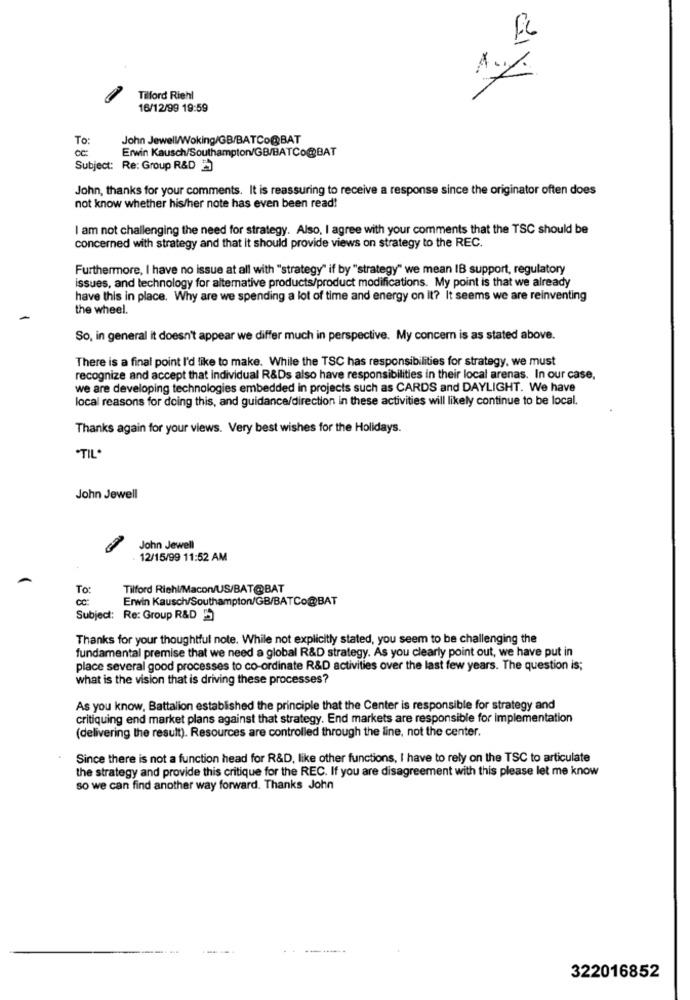
Tilford Riehl
16/12/99 19:59
To:
John Jewell/Woking/GB/BATCo@BAT
Erwin Kausch/Southampton/GB/BATCo@BAT
Subject: Re: Group R&D
John, thanks for your comments. It is reassuring to receive a response since the originator often does
not know whether his/her note has even been read!
I am not challenging the need for strategy. Also, I agree with your comments that the TSC should be
concerned with strategy and that it should provide views on strategy to the REC.
Furthermore, I have no issue at all with "strategy" if by "strategy" we mean IB support, regulatory
issues, and technology for alternative products/product modifications. My point is that we already
have this in place. Why are we spending a lot of time and energy on It? It seems we are reinventing
the wheel.
So, in general it doesn't appear we differ much in perspective. My concern is as stated above.
There is a final point I'd like to make. While the TSC has responsibilities for strategy, we must
recognize and accept that individual R&Ds also have responsibilities in their local arenas. In our case,
we are developing technologies embedded in projects such as CARDS and DAYLIGHT. We have
local reasons for doing this, and guidance/direction in these activities will likely continue to be local.
Thanks again for your views. Very best wishes for the Holidays.
.TIL.
John Jewell
John Jewell
12/15/99 11:52 AM
To:
Tilford Riehl/Macon/US/BAT@BAT
Erwin Kausch/Southampton/GB/BATCo@BAT
Subject: Re: Group R&D 5
Thanks for your thoughtful note. While not explicitly stated, you seem to be challenging the
fundamental premise that we need a global R&D strategy. As you clearly point out, we have put in
place several good processes to co-ordinate R&D activities over the last few years. The question is;
what is the vision that is driving these processes?
As you know, Battalion established the principle that the Center is responsible for strategy and
critiquing end market plans against that strategy. End markets are responsible for implementation
(delivering the result). Resources are controlled through the line, not the center.
Since there is not a function head for R&D, like other functions, I have to rely on the TSC to articulate
the strategy and provide this critique for the REC. If you are disagreement with this please let me know
so we can find another way forward. Thanks John
322016852